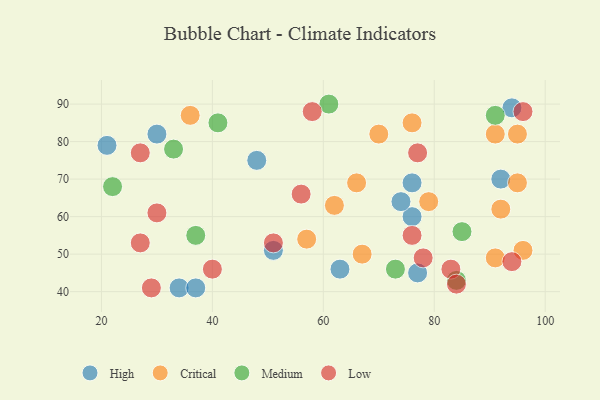
{"axis": {"x": "GDP", "y": "Life Expectancy"}, "legend": ["Critical", "High", "Low", "Medium"], "data": [{"x": "77", "y": 45, "type": "High"}, {"x": "21", "y": 79, "type": "High"}, {"x": "76", "y": 60, "type": "High"}, {"x": "74", "y": 64, "type": "High"}, {"x": "48", "y": 75, "type": "High"}, {"x": "34", "y": 41, "type": "High"}, {"x": "37", "y": 41, "type": "High"}, {"x": "94", "y": 89, "type": "High"}, {"x": "30", "y": 82, "type": "High"}, {"x": "51", "y": 51, "type": "High"}, {"x": "76", "y": 69, "type": "High"}, {"x": "92", "y": 70, "type": "High"}, {"x": "63", "y": 46, "type": "High"}, {"x": "70", "y": 82, "type": "Critical"}, {"x": "96", "y": 51, "type": "Critical"}, {"x": "66", "y": 69, "type": "Critical"}, {"x": "92", "y": 62, "type": "Critical"}, {"x": "62", "y": 63, "type": "Critical"}, {"x": "57", "y": 54, "type": "Critical"}, {"x": "95", "y": 69, "type": "Critical"}, {"x": "36", "y": 87, "type": "Critical"}, {"x": "76", "y": 85, "type": "Critical"}, {"x": "95", "y": 82, "type": "Critical"}, {"x": "79", "y": 64, "type": "Critical"}, {"x": "91", "y": 82, "type": "Critical"}, {"x": "91", "y": 49, "type": "Critical"}, {"x": "67", "y": 50, "type": "Critical"}, {"x": "33", "y": 78, "type": "Medium"}, {"x": "91", "y": 87, "type": "Medium"}, {"x": "22", "y": 68, "type": "Medium"}, {"x": "73", "y": 46, "type": "Medium"}, {"x": "84", "y": 43, "type": "Medium"}, {"x": "41", "y": 85, "type": "Medium"}, {"x": "37", "y": 55, "type": "Medium"}, {"x": "61", "y": 90, "type": "Medium"}, {"x": "85", "y": 56, "type": "Medium"}, {"x": "83", "y": 46, "type": "Low"}, {"x": "27", "y": 53, "type": "Low"}, {"x": "51", "y": 53, "type": "Low"}, {"x": "40", "y": 46, "type": "Low"}, {"x": "56", "y": 66, "type": "Low"}, {"x": "30", "y": 61, "type": "Low"}, {"x": "29", "y": 41, "type": "Low"}, {"x": "27", "y": 77, "type": "Low"}, {"x": "76", "y": 55, "type": "Low"}, {"x": "77", "y": 77, "type": "Low"}, {"x": "94", "y": 48, "type": "Low"}, {"x": "96", "y": 88, "type": "Low"}, {"x": "84", "y": 42, "type": "Low"}, {"x": "78", "y": 49, "type": "Low"}, {"x": "58", "y": 88, "type": "Low"}]}